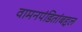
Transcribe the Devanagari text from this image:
वामनपंडितांबद्दल